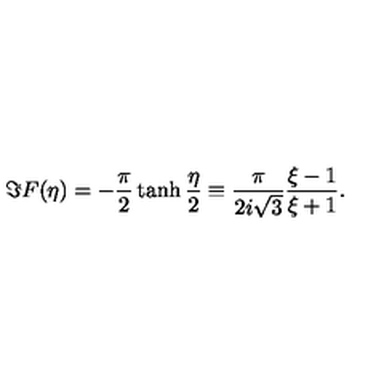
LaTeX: \Im F ( \eta ) = - \frac { \pi } { 2 } \tanh \frac { \eta } { 2 } \equiv \frac { \pi } { 2 i \sqrt { 3 } } \frac { \xi - 1 } { \xi + 1 } .